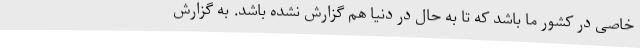
خاصی در کشور ما باشد که تا به حال در دنیا هم گزارش نشده باشد. به گزارش